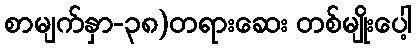
စာမျက်နှာ-၃၈)တရားဆေး တစ်မျိုးပေါ့